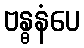
ဗန္ဓနံပေ